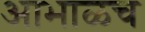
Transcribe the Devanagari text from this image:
आभाळच